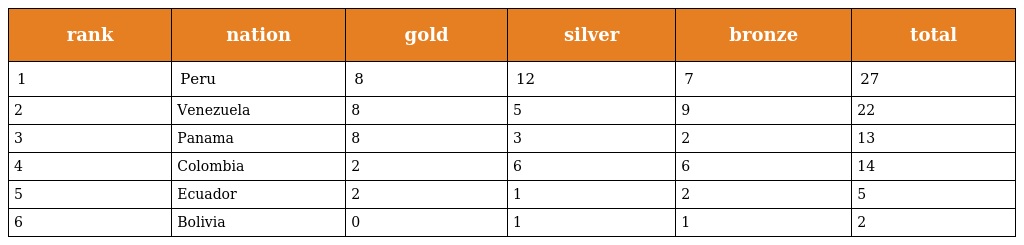
| rank | nation | gold | silver | bronze | total |
 | --- | --- | --- | --- | --- | --- |
 | 1 | Peru | 8 | 12 | 7 | 27 |
 | 2 | Venezuela | 8 | 5 | 9 | 22 |
 | 3 | Panama | 8 | 3 | 2 | 13 |
 | 4 | Colombia | 2 | 6 | 6 | 14 |
 | 5 | Ecuador | 2 | 1 | 2 | 5 |
 | 6 | Bolivia | 0 | 1 | 1 | 2 |